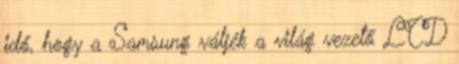
idő, hogy a Samsung váljék a világ vezető LCD